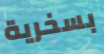
بسخرية